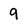
Character: 9